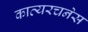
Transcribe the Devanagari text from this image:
काव्यरचनेस